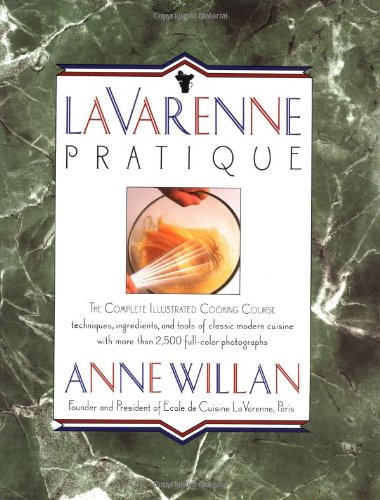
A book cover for La Varenne Pratique; Anne Willan; Cookbooks, Food & Wine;